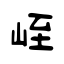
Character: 峌